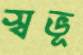
স্বভূ